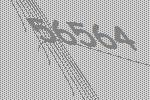
56564